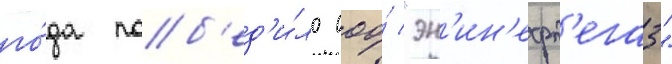
го́да поб'ед'и́ло ооо́ "эн'ин'ефт'егаз"